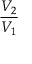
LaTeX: \frac { V _ { 2 } } { V _ { 1 } }